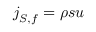
\boldsymbol { j } _ { S , f } = \rho s \boldsymbol { u }